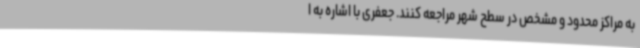
به مراکز محدود و مشخص در سطح شهر مراجعه کنند. جعفری با اشاره به ا